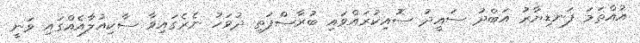
އުއްތަމަ ފަނޑިޔާރު އަބްދު ސައީދު ސޮއިކުރައްވައި ބުރާސްފަތި ދުވަހު ނެރެގައިވާ ސާކިއުލާއެއްގައި ވަނީ